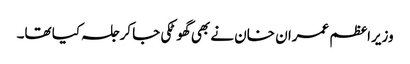
وزیراعظم عمران خان نے بھی گھوٹکی جا کر جلسہ کیا تھا۔